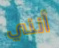
أنني